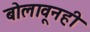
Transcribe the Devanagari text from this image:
बोलावूनही